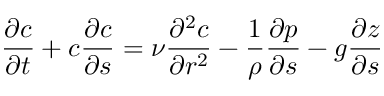
{ \frac { \partial c } { \partial t } } + c { \frac { \partial c } { \partial s } } = \nu { \frac { \partial ^ { 2 } c } { \partial r ^ { 2 } } } - { \frac { 1 } { \rho } } { \frac { \partial p } { \partial s } } - g { \frac { \partial z } { \partial s } }